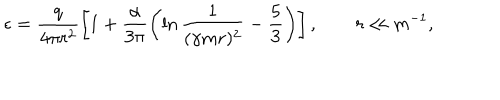
\epsilon = \frac { q } { 4 \pi r ^ { 2 } } \left[ 1 + \frac { \alpha } { 3 \pi } \left( \ln \frac { 1 } { ( \gamma m r ) ^ { 2 } } - \frac 5 3 \right) \right] , \qquad r \ll m ^ { - 1 } ,